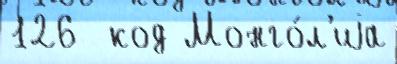
126  код Монго́л'иjа